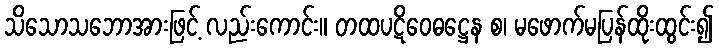
သိသောသဘောအားဖြင့် လည်းကောင်း။ တထပဋိဝေဓဋ္ဌေန စ၊ မဖောက်မပြန်ထိုးထွင်း၍